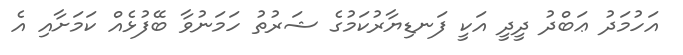
އަހުމަދު ޢަބްދު ދީދީ އަކީ ފަނޑިޔާރުކަމުގެ ޝަރުތު ހަމަނުވާ ބޭފުޅެއް ކަމަށާއި އެ